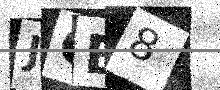
Text: JOB8